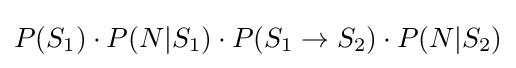
P(S_{1})\cdot P(N|S_{1})\cdot P(S_{1}\rightarrow S_{2})\cdot P(N|S_{2})